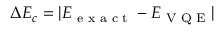
\Delta E _ { c } = | E _ { \textrm { e x a c t } } - E _ { \textrm { V Q E } } |